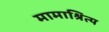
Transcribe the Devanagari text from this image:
मामाश्रित्य